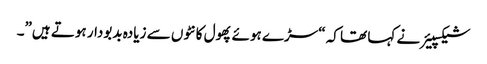
شیکسپیئر نے کہا تھا کہ “سڑے ہوئے پھول کانٹوں سے زیادہ بدبودار ہوتے ہیں”۔